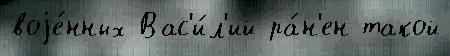
воjе́нных Вас'и́л'ий ра́н'ен такой